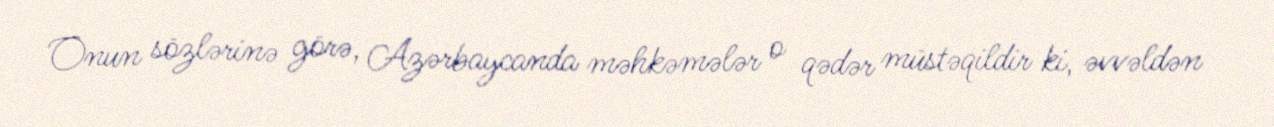
Onun sözlərinə görə, Azərbaycanda məhkəmələr o qədər müstəqildir ki, əvvəldən